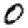
Digit: 0